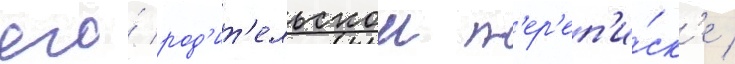
его́ род'ит'ельскои п'ер'еп'и́ск'е /